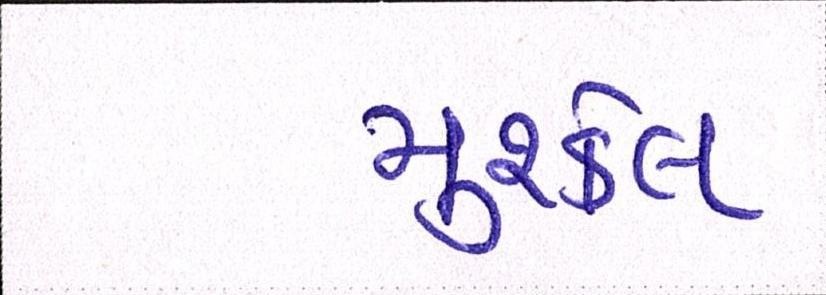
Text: મુશ્કેલ